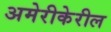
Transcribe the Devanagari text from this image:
अमेरीकेरील